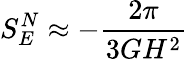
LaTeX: S_{E}^{N}\approx-{\frac{2\pi}{3GH^{2}}}